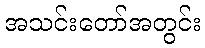
အသင်းတော်အတွင်း